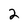
Character: 2